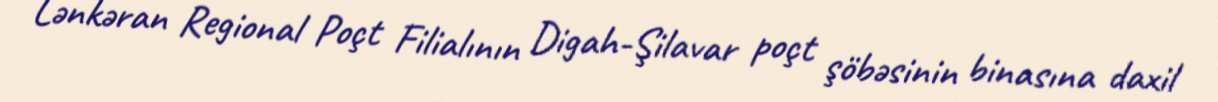
Lənkəran Regional Poçt Filialının Digah-Şilavar poçt şöbəsinin binasına daxil